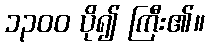
၁၃၀၀ ပို၍ ကြီး၏။